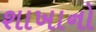
શાખાનો